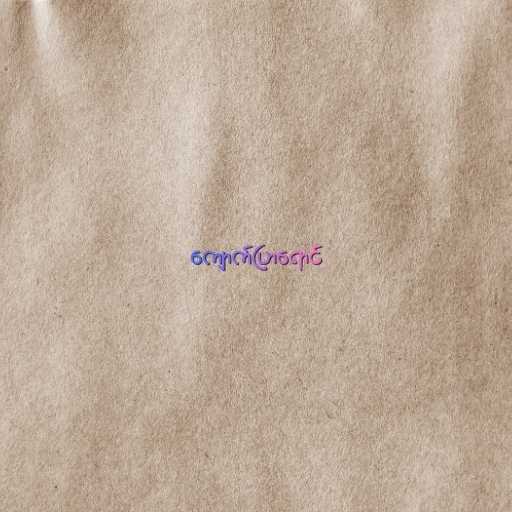
ကျောက်ပြာရောင်